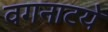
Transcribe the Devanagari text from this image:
वगनाटये